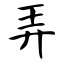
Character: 弄